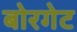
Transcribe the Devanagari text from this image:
बोरगेट